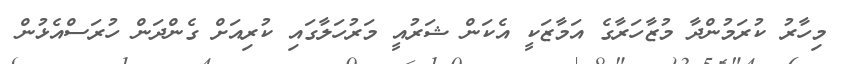
މިހާރު ކުރަމުންދާ މުޒާހަރާގެ އަމާޒަކީ އެކަން ޝަރުއީ މަރުހަލާގައި ކުރިއަށް ގެންދަން ހުރަސްއެޅުން